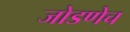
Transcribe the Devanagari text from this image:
जोडणेच